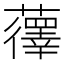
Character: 𫊏